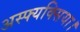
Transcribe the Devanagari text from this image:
अस्फ्यक्सिया।